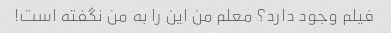
فیلم وجود دارد؟ معلم من این را به من نگفته است!